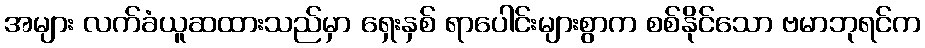
အများ လက်ခံယူဆထားသည်မှာ ရှေးနှစ် ရာပေါင်းများစွာက စစ်နိုင်သော ဗမာဘုရင်က